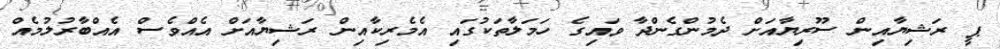
ޕީ ރަޝިޔާއިން ސޫރިޔާއަށް ދެމުންގެންދާ ވައިގެ ހަމަލާތަކުގައި އެމެރިކާއިން ރަޝިޔާއަށް އެއްވެސް އެއްބާރުލުމެއް